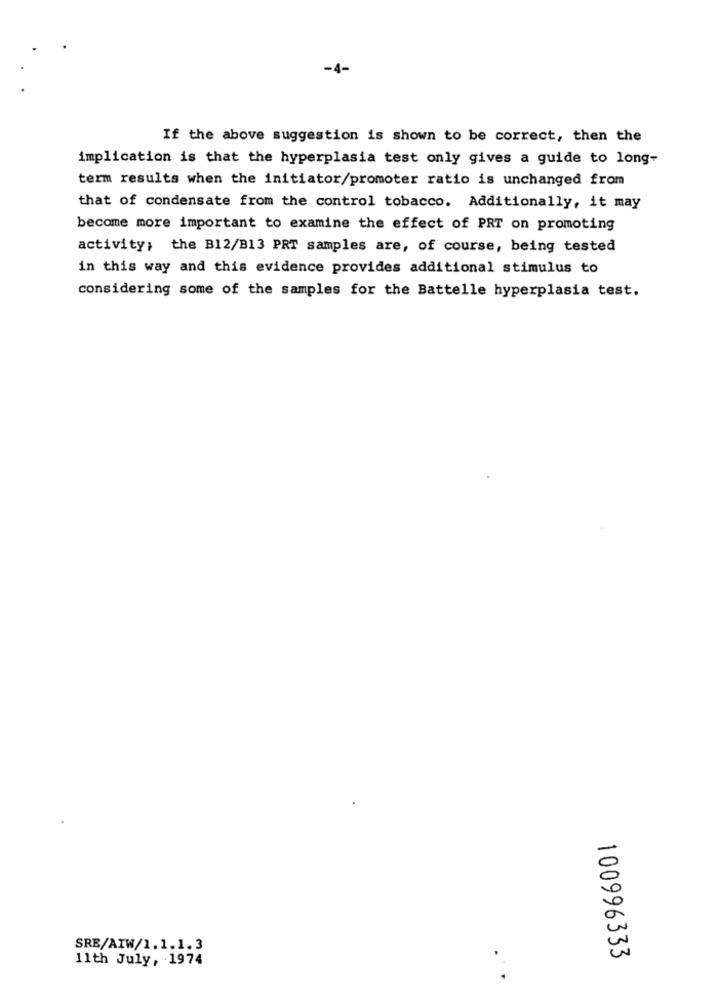
-4-
If the above suggestion is shown to be correct, then the
implication is that the hyperplasia test only gives a guide to long-
term results when the initiator/promoter ratio is unchanged from
that of condensate from the control tobacco. Additionally, it may
become more important to examine the effect of PRT on promoting
activity; the B12/B13 PRT samples are, of course, being tested
in this way and this evidence provides additional stimulus to
considering some of the samples for the Battelle hyperplasia test.
SRE/AIW/1.1.1.3
11th July, 1974
100996333